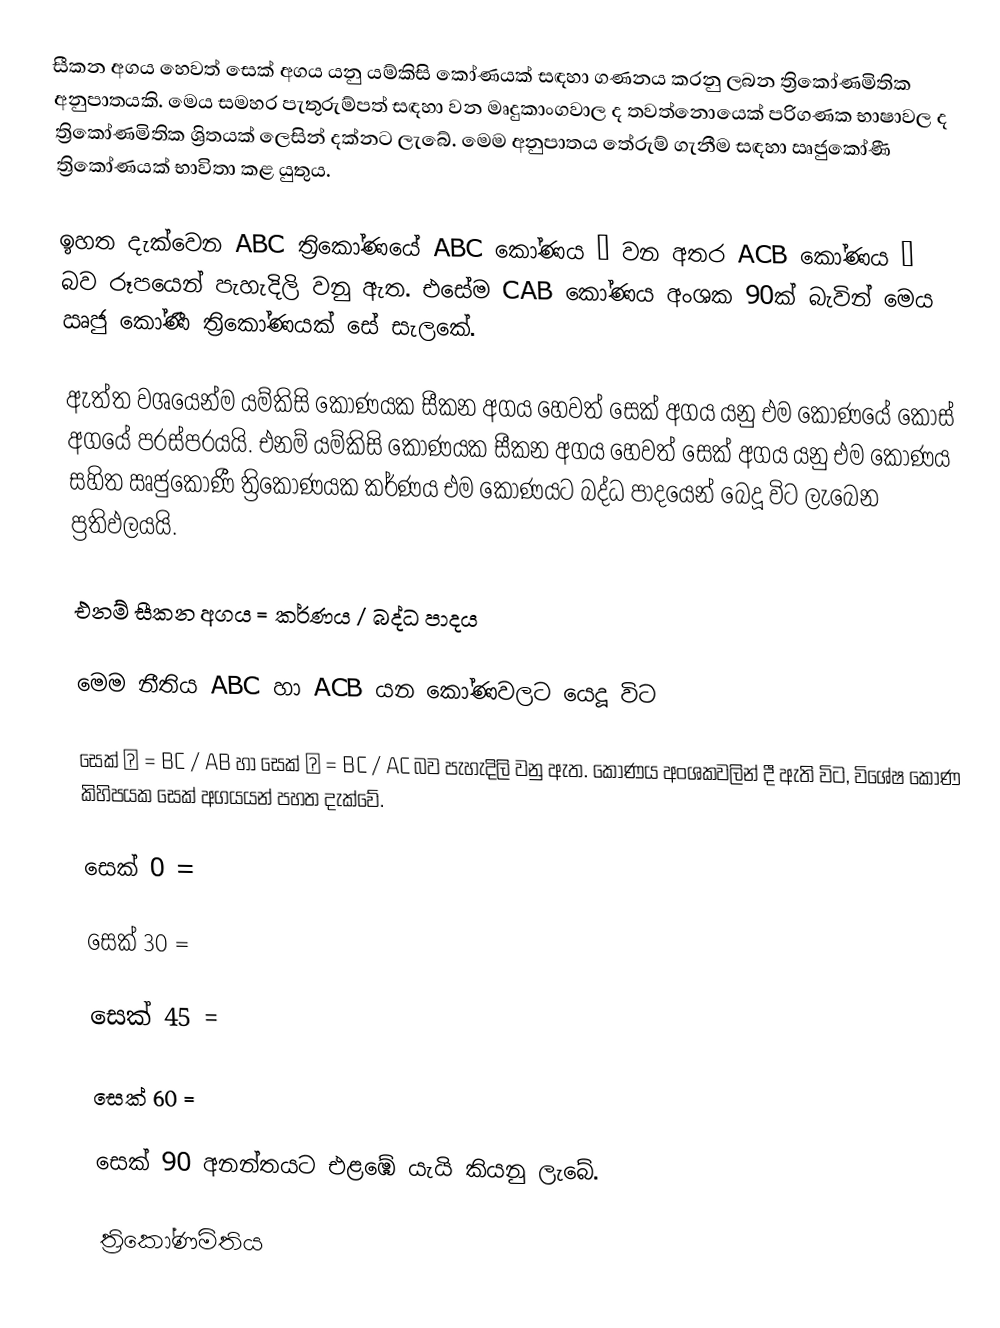
සීකන අගය හෙවත් සෙක් අගය යනු යම්කිසි කෝණයක් සඳහා ගණනය කරනු ලබන ත්‍රිකෝණමිතික අනුපාතයකි.  මෙය  සමහර පැතුරුම්පත් සඳහා වන මෘදුකාංගවාල ද තවත්නොයෙක් පරිගණක භාෂාවල ද ත්‍රිකෝණමිතික ශ්‍රිතයක් ලෙසින් දක්නට ලැබේ.  මෙම අනුපාතය තේරුම් ගැනීම සඳහා ඍජුකෝණී ත්‍රිකෝණයක් භාවිතා කළ යුතුය.

ඉහත දැක්වෙන ABC ත්‍රිකෝණයේ ABC කෝණය α  වන අතර ACB කෝණය β  බව රූපයෙන් පැහැදිලි වනු ඇත. එසේම CAB කෝණය අංශක 90ක් බැවින් මෙය ඍජු කෝණී ත්‍රිකෝණයක් සේ සැලකේ.

ඇත්ත වශයෙන්ම යම්කිසි කෝණයක සීකන අගය හෙවත් සෙක් අගය යනු එම කෝණයේ කොස් අගයේ පරස්පරයයි. එනම් යම්කිසි කෝණයක සීකන අගය හෙවත් සෙක් අගය යනු එම කෝණය සහිත ඍජුකෝණී ත්‍රිකෝණයක කර්ණය එම කෝණයට බද්ධ පාදයෙන් බෙදූ  විට ලැබෙන ප්‍රතිඵලයයි.

එනම් සීකන අගය = කර්ණය  / බද්ධ පාදය

මෙම නීතිය ABC හා ACB යන කෝණවලට යෙදූ විට

සෙක් α  = BC / AB   හා  සෙක් β  =  BC / AC බව පැහැදිලි වනු ඇත. කෝණය අංශකවලින් දී ඇති විට, විශේෂ කෝණ කිහිපයක සෙක් අගයයන් පහත දැක්වේ.

සෙක් 0   =

සෙක් 30 =

සෙක් 45 =

සෙක් 60 =

සෙක් 90 අනන්තයට එළඹේ යැයි කියනු ලැබේ.

ත්‍රිකෝණමිතිය